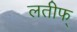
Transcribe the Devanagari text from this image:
लतीफ्